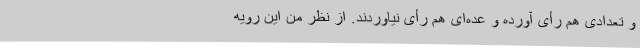
و تعدادی هم ‌رأی آورده و عده‌ای هم ‌رأی نیاوردند. از نظر من این رویه